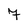
Character: 7